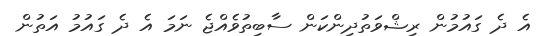
އެ ދެ ގައުމުން ރިޝްވަތުދިންކަން ސާބިތުވެއްޖެ ނަމަ އެ ދެ ގައުމު އަތުން